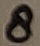
Text: 8